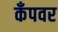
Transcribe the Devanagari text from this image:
कँपवर